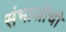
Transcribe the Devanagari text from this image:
संभाजींची